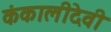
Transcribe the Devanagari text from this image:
कंकालीदेवी